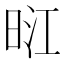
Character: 𭥺